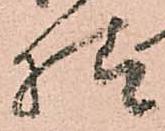
様